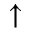
\uparrow